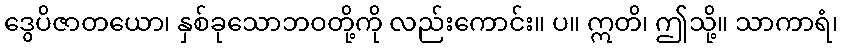
ဒွေပိဇာတယော၊ နှစ်ခုသောဘဝတို့ကို လည်းကောင်း။ ပ။ ဣတိ၊ ဤသို့။ သာကာရံ၊